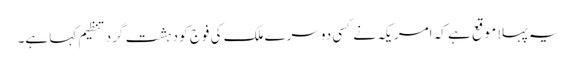
یہ پہلا موقع ہے کہ امریکہ نے کسی دوسرے ملک کی فوج کو دہشت گرد تنظیم کہا ہے۔